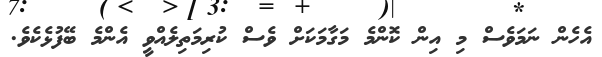
އެހެން ނަމަވެސް މި އިން ކޮންމެ މަގާމަކަށް ވެސް ކުރިމަތިލެއްވީ އެންމެ ބޭފުޅެކެވެ.